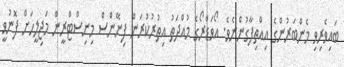
ބައިވެރިވި މެންބަރުންގެ އިއްތިފާގުންނެވެ. އޯވަޑްރޯގެ މުއްދަތު އިތުރުކުރަން ފިނޭންސް މިނިސްޓްރީން މަޖިލީހަށް ފޮނުވީ